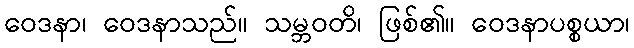
ဝေဒနာ၊ ဝေဒနာသည်။ သမ္ဘဝတိ၊ ဖြစ်၏။ ဝေဒနာပစ္စယာ၊